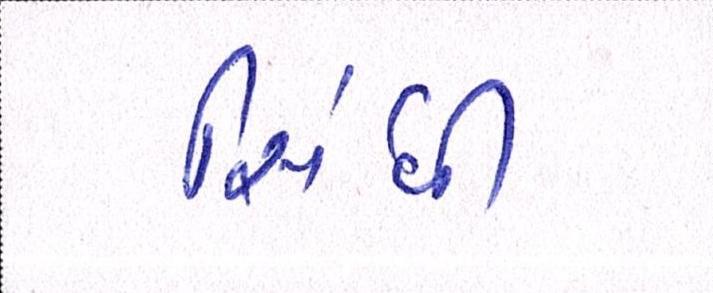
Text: સિંધી